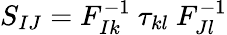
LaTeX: S_{IJ}=F_{Ik}^{-1}~\tau_{kl}~F_{Jl}^{-1}